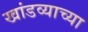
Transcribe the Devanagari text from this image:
खांडव्याच्या